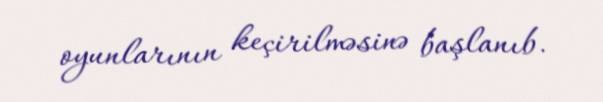
oyunlarının keçirilməsinə başlanıb.